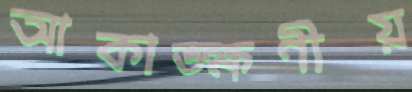
আকাঙ্ক্ষণীয়